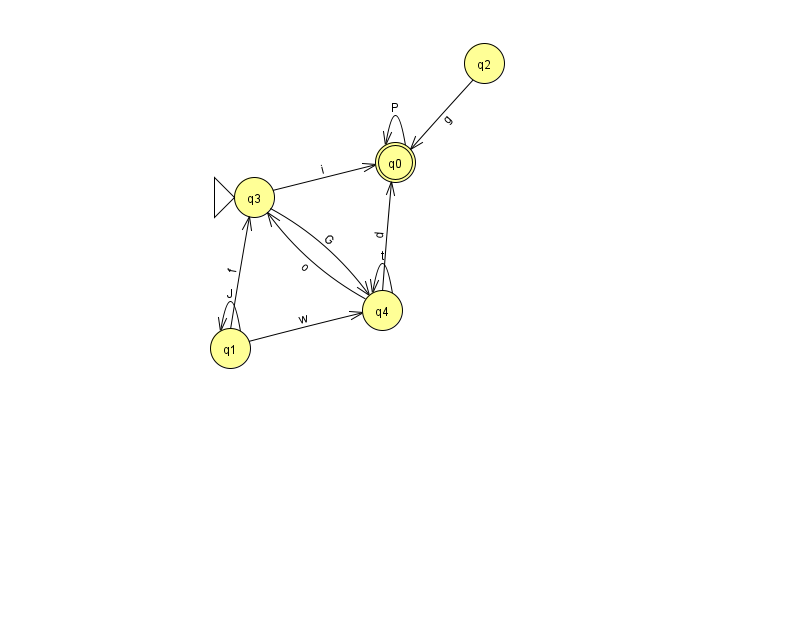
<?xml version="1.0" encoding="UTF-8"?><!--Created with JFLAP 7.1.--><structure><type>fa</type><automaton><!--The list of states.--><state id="0" name="q0"><x>395.0</x><y>149.0</y><final/></state><state id="1" name="q1"><x>230.0</x><y>335.0</y></state><state id="2" name="q2"><x>484.0</x><y>50.0</y></state><state id="3" name="q3"><x>254.0</x><y>184.0</y><initial/></state><state id="4" name="q4"><x>382.0</x><y>297.0</y></state><!--The list of transitions.--><transition><from>0</from><to>0</to><read>P</read></transition><transition><from>3</from><to>4</to><read>G</read></transition><transition><from>4</from><to>4</to><read>t</read></transition><transition><from>3</from><to>0</to><read>i</read></transition><transition><from>1</from><to>3</to><read>f</read></transition><transition><from>1</from><to>1</to><read>J</read></transition><transition><from>2</from><to>0</to><read>g</read></transition><transition><from>4</from><to>3</to><read>o</read></transition><transition><from>1</from><to>4</to><read>w</read></transition><transition><from>4</from><to>0</to><read>d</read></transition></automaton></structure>